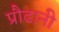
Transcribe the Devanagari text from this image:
प्रौढानी